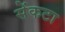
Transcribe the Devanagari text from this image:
सेंकटा